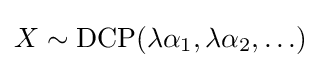
X\sim {\text{DCP}}(\lambda {\alpha _{1}},\lambda {\alpha _{2}},\ldots )